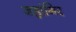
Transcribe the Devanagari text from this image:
जहांगिर